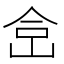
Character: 𰂅